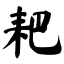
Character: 耙